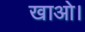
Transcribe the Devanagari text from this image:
खाओ।